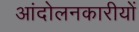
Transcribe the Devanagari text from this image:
आंदोलनकारीयों